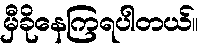
မှီခိုနေကြရပါတယ်။